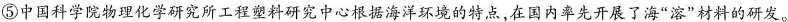
⑤中国科学院物理化学研究所工程塑料研究中心根据海洋环境的特点，在国内率先开展了海”溶”材料的研发。